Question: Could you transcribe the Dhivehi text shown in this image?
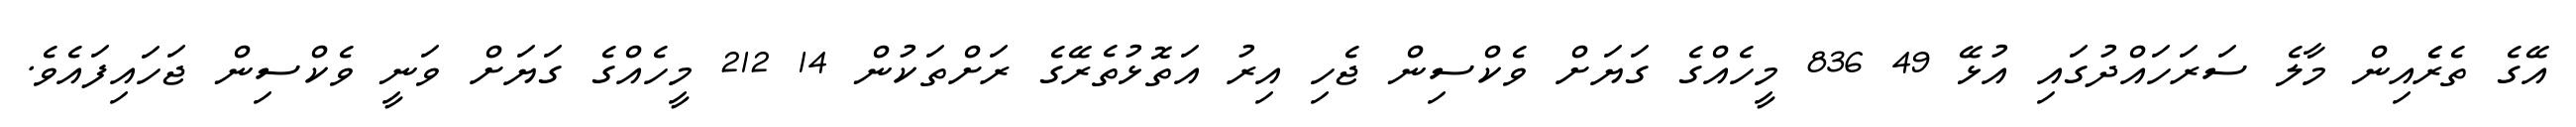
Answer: އޭގެ ތެރެެއިން މާލެ ސަރަހައްދުގައި އުޅޭ 49 836 މީހެއްގެ ގަޔަށް ވެކްސިން ޖެހި އިރު އަތޮޅުތެރޭގެ ރަށްތަކުން 14 212 މީހެއްގެ ގަޔަށް ވަނީ ވެކްސިން ޖަހައިފައެވެ.